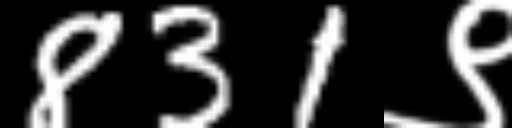
Text: 831९